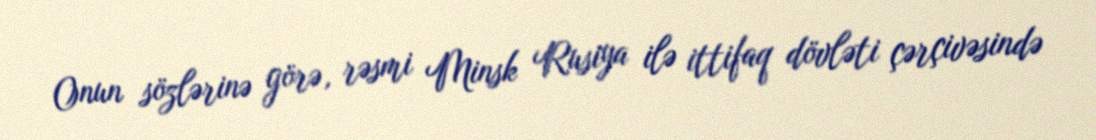
Onun sözlərinə görə, rəsmi Minsk Rusiya ilə ittifaq dövləti çərçivəsində